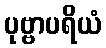
ပုဗ္ဗာပရိယံ